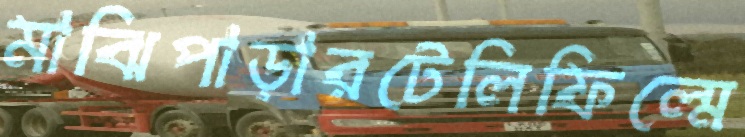
মাঝিপাড়ারটেলিফিল্মে